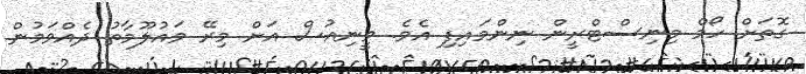
ގޮތަށް ހޯޯމް މިނިސްޓްރީން ނިންމަައިފި އެވެ. ވީނިއުސް އަށް މިރޭ މައުލޫމާތު ދެއްވަމުން